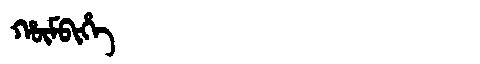
Manchu: ᡥᡡᠮᠪᡳᡥᡝ
Romanization: HŪMBIHE